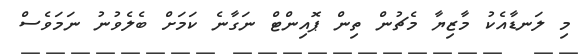
މި ލަނޑާއެކު މާޒިޔާ މެޗުން ތިން ޕޮއިންޓް ނަގާނެ ކަމަށް ބެލެވުނު ނަމަވެސް